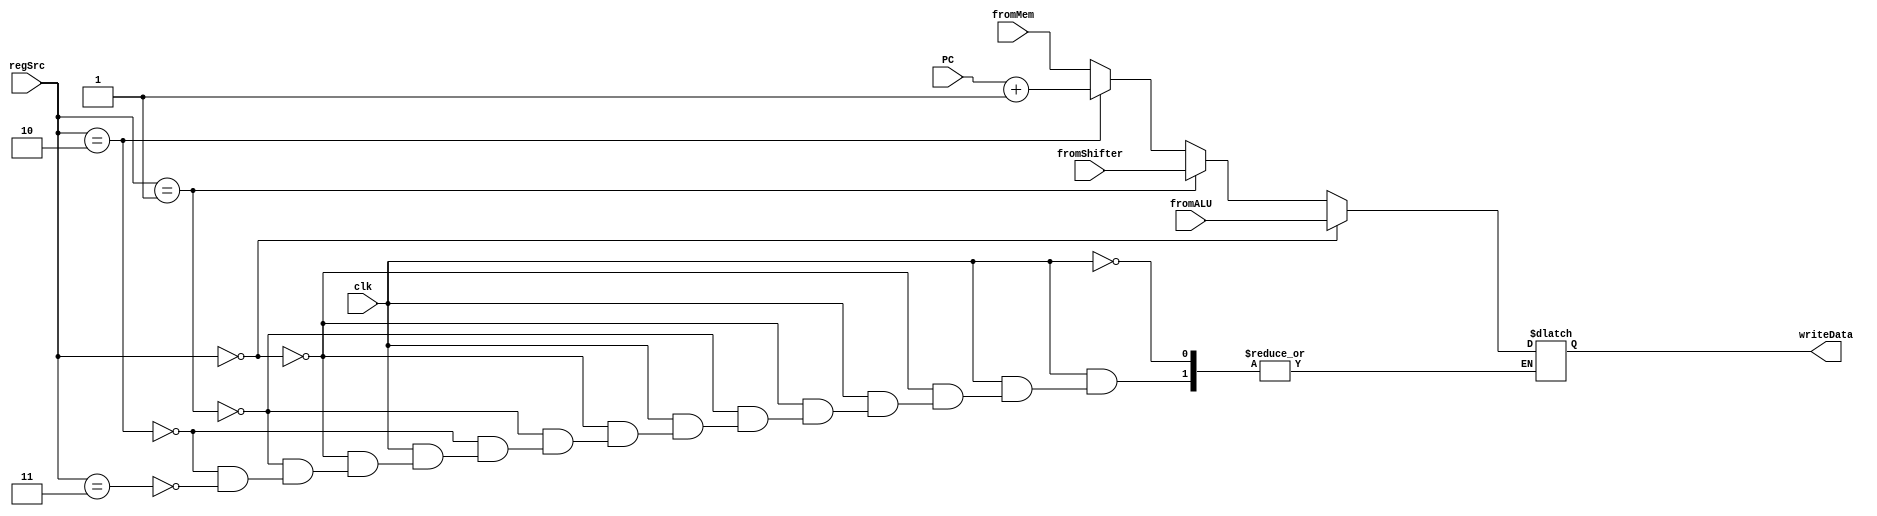
module selectWriteData(writeData,fromALU,fromShifter,fromMem,PC,regSrc,clk);
                                // this module selects the data to write Reg
output [31:0] writeData;
input [31:0] fromALU,fromShifter,fromMem,PC;
input [1:0] regSrc;
input clk;

reg [31:0] writeData;

always @ (*) begin
	if(clk == 1'b1)begin
		if(regSrc ==2'b00)begin
			writeData =fromALU;
		end
		else if(regSrc ==2'b01) begin
			writeData =fromShifter;
		end
		else if(regSrc == 2'b10)begin
			writeData = PC + 1;
		end
		else if(regSrc ==2'b11)begin
			writeData =fromMem;
		end
	end
end

endmodule